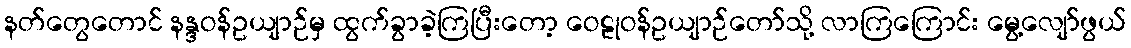
နတ်တွေတောင် နန္ဒဝန်ဥယျာဉ်မှ ထွက်ခွာခဲ့ကြပြီးတော့ ဝေဠုဝန်ဥယျာဉ်တော်သို့ လာကြကြောင်း မွေ့လျော်ဖွယ်